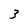
Character: 3